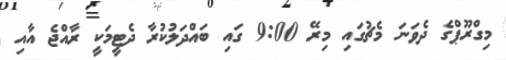
މިގްރޫޕްގެ ދެވަނަ މެޗުގައި މިރޭ 9:00 ގައި ބައްދަލުކުރާ ދެޓީމަކީ ރާއްޖެ އާއި